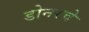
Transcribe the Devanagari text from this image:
डोनरचे